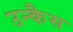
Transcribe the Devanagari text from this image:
उन्कैस